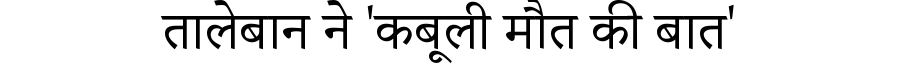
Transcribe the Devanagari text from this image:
तालेबान ने 'कबूली मौत की बात'